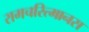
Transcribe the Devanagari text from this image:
रामचरित्मानस